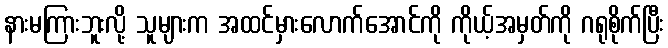
နားမကြားဘူးလို့ သူများက အထင်မှားလောက်အောင်ကို ကိုယ့်အမှတ်ကို ဂရုစိုက်ပြီး